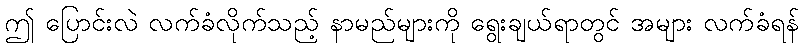
ဤ ပြောင်းလဲ လက်ခံလိုက်သည့် နာမည်များကို ရွေးချယ်ရာတွင် အများ လက်ခံရန်